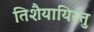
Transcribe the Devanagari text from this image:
तिशैयायिरत्तु